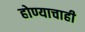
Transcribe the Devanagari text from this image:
होण्याचाही